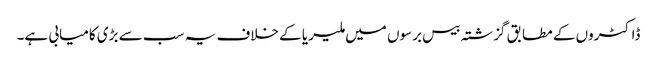
ڈاکٹروں کے مطابق گزشتہ بیس برسوں میں ملیریا کے خلاف یہ سب سے بڑی کامیابی ہے۔